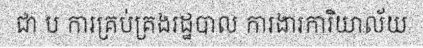
ជា ប ការគ្រប់គ្រងរដ្ឋបាល ការងារការិយាល័យ